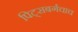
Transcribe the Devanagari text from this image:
पिट्सबर्गचाच